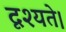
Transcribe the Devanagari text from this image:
दृश्यते।